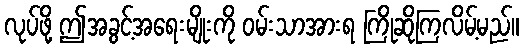
လုပ်ဖို့ ဤအခွင့်အရေးမျိုးကို ဝမ်းသာအားရ ကြိုဆိုကြလိမ့်မည်။